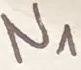
Text: N1